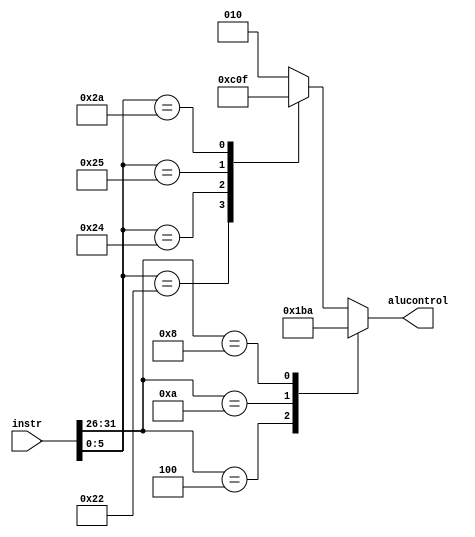
module aludec (
	input  [31:0] instr     ,
	output [ 2:0] alucontrol
);

	reg [2:0] alucontrol;

	always @(instr) begin
		casex ({instr[31:26], instr[5:0]})
			12'b000100xxxxxx : alucontrol = 3'b110;
			12'b001010xxxxxx : alucontrol = 3'b111;
			12'b001000xxxxxx : alucontrol = 3'b010;
			12'bxxxxxx100000 : alucontrol = 3'b010;
			12'bxxxxxx100010 : alucontrol = 3'b110;
			12'bxxxxxx100100 : alucontrol = 3'b000;
			12'bxxxxxx100101 : alucontrol = 3'b001;
			12'bxxxxxx101010 : alucontrol = 3'b111;
			default          : alucontrol = 3'b010;
		endcase
	end

endmodule